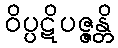
ဝိပ္ပဋိပဇ္ဇန္တိ